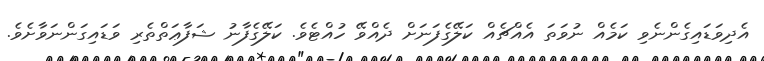
އެދިވަޑައިގެންނެވި ކަމެއް ނުވަތަ އެއްޗެއް ކަލޭގެފަނަށް ދެއްވޭ ހުއްޓެވެ. ކަލޭގެފާނު ޝަފާޢަތްތެރި ވަޑައިގަންނަވާށެވެ.